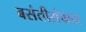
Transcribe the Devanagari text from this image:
बसंतीशंकरा